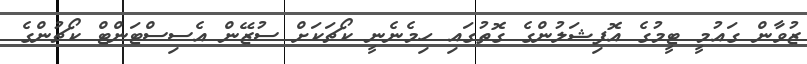
ޒުވާން ގައުމީ ޓީމުގެ އޮފިޝަލުންގެ ގޮތުގައި ހިމެނެނީ ކޯޗަކަށް ސުޒޭން އެސިސްޓަންޓް ކޯޗުންގެ